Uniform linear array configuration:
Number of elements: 48
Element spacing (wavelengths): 0.75
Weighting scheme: uniform
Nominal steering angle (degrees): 30
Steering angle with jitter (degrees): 31.764
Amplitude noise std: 0.05
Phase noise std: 0.05

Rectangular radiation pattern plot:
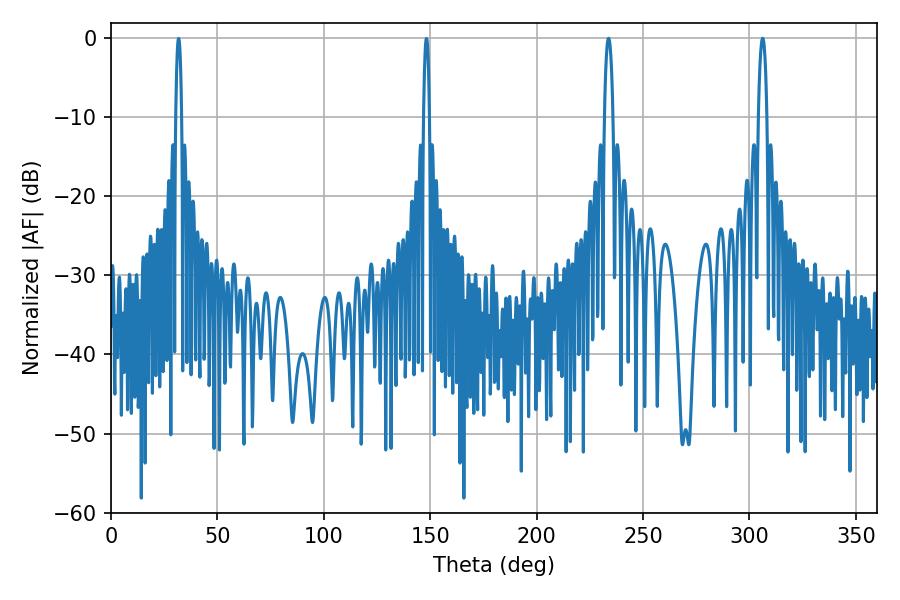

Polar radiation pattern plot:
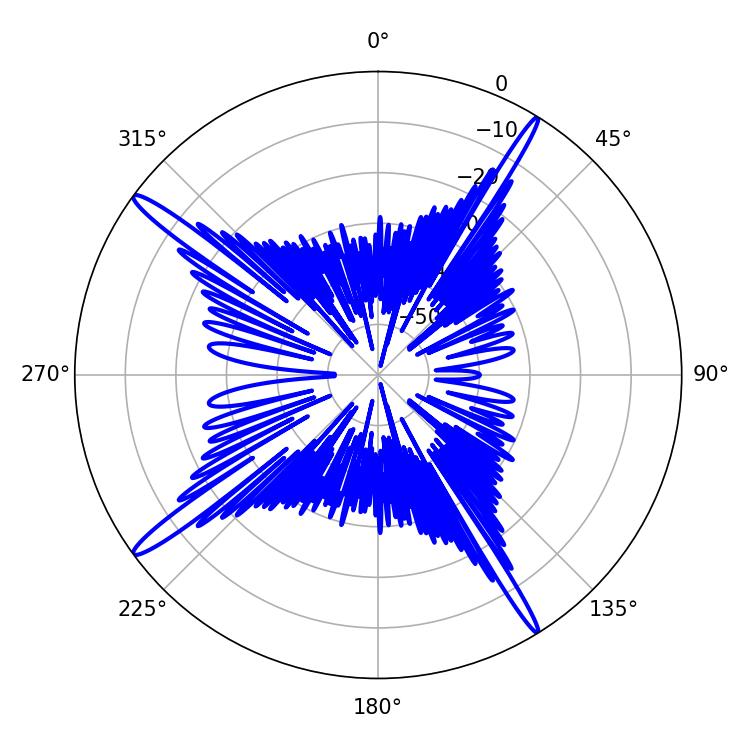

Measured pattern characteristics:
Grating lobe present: TRUE
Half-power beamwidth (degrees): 2.16
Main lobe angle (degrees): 306.18